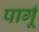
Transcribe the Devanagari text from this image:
पार्गू